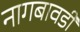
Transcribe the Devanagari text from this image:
नागबावडी